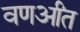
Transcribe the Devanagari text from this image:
वणर्आंत